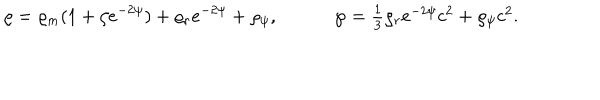
\varrho = \varrho _ { m } ( 1 + \zeta e ^ { - 2 \psi } ) + \varrho _ { r } e ^ { - 2 \psi } + \varrho _ { \psi } , \wp = \textstyle { \frac { 1 } { 3 } } \varrho _ { r } e ^ { - 2 \psi } c ^ { 2 } + \varrho _ { \psi } c ^ { 2 } .